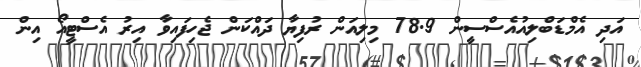
އަދި އެމްޑަބްލިއުއެސްސީން 78.9 މިލިއަން ރުފިޔާ ދައްކަން ޖެހިފައިވާ އިރު އެސްޓީއޯ އިން